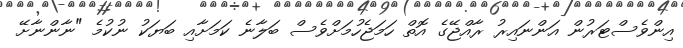
އިންވެސްޓަރުން އަންނައިރު ރާއްޖޭގެ އޮތް ހަމަޖެހުމަށްވެސް ބަލާނެ ކަމަށާއި ބަޔަކު ނުކުމެ "ނާންނާށޭ